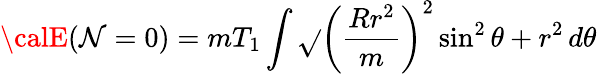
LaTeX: {\calE}(\mathcal{N}=0)=mT_{1}\int\sqrt{}{{\bigg(\frac{{Rr^{2}}}{{m}}\bigg)^{2}\sin^{2}\theta+r^{2}}}\, d\theta